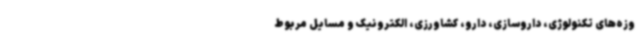
وزه‌های تکنولوژی، داروسازی، دارو، کشاورزی، الکترونیک و مسایل مربوط